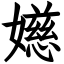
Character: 嬨